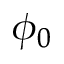
\phi _ { 0 }